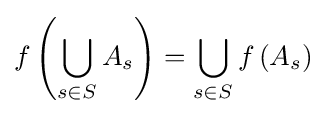
f\left(\bigcup _{s\in S}A_{s}\right)=\bigcup _{s\in S}f\left(A_{s}\right)